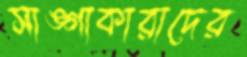
সাঙ্গাকারাদের